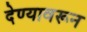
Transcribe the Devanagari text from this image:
देण्यावरून